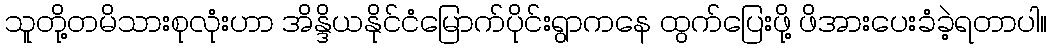
သူတို့တမိသားစုလုံးဟာ အိန္ဒိယနိုင်ငံမြောက်ပိုင်းရွာကနေ ထွက်ပြေးဖို့ ဖိအားပေးခံခဲ့ရတာပါ။